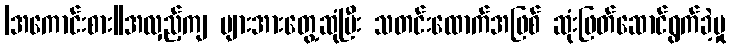
|အကောင်းစား||အလှည့်ကျ များအားတွေ့ဆုံပြီး သတင်းထောက်အဖြစ် ဆုံးဖြတ်ဆောင်ရွက်ခဲ့မှု